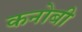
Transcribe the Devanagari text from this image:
कनोबी